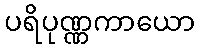
ပရိပုဏ္ဏကာယော